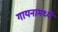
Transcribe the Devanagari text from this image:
गायनामध्ये